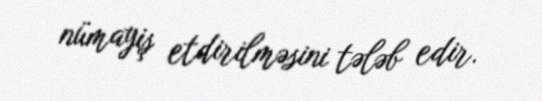
nümayiş etdirilməsini tələb edir.